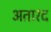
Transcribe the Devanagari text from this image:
अतारद